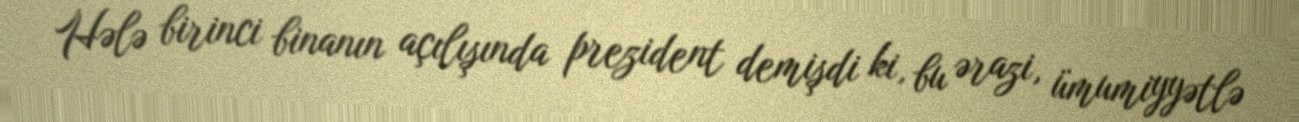
Hələ birinci binanın açılışında prezident demişdi ki, bu ərazi, ümumiyyətlə